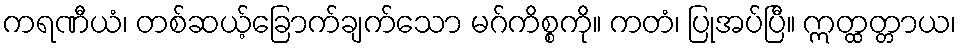
ကရဏီယံ၊ တစ်ဆယ့်ခြောက်ချက်သော မဂ်ကိစ္စကို။ ကတံ၊ ပြုအပ်ပြီ။ ဣတ္ထတ္တာယ၊